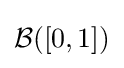
{\mathcal {B}}([0,1])